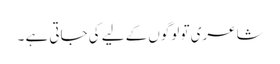
شاعری تو لوگوں کے لیے کی جاتی ہے ۔